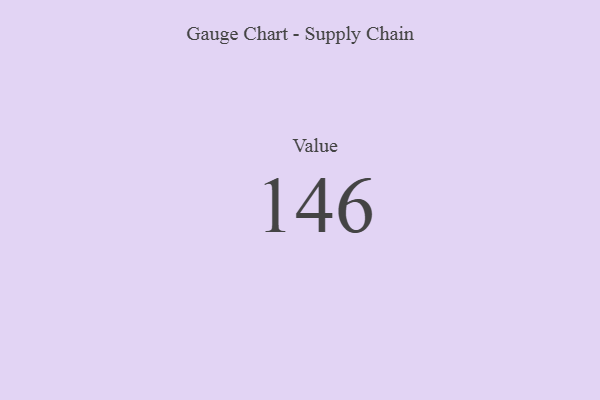
{"axis": {"x": "Metric", "y": "Value"}, "legend": [""], "data": [{"x": "Value", "y": 146, "type": ""}]}